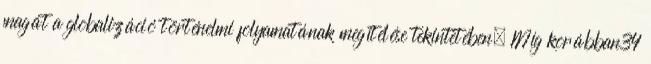
magát a globalizáció történelmi folyamatának megítélése tekintetében. Míg korábban34